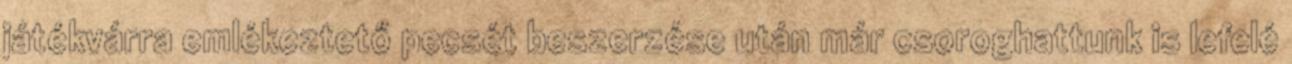
játékvárra emlékeztető pecsét beszerzése után már csoroghattunk is lefelé